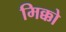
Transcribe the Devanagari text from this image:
मिक्को